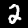
Digit: 2